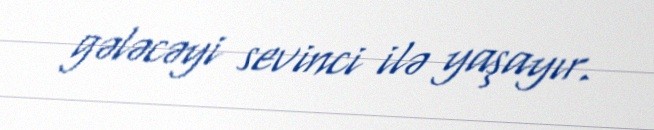
gələcəyi sevinci ilə yaşayır.